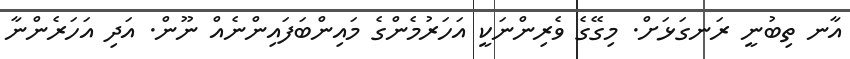
އާނ ތިބުނީ ރަނގަޅަށް. މިގޭގެ ވެރިންނަކީ އަހަރުމެންގެ މައިންބަފައިންނެއް ނޫން. އަދި އަހަރެންނާ